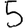
Digit: 5